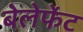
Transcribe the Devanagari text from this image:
बेलेफेंट